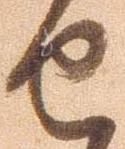
由